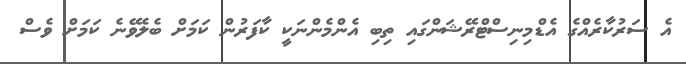
އެ ސަރުކާރެއްގެ އެޑްމިނިސްޓްރޭޝަންގައި ތިބި އެންމެންނަކީ ކާފަރުން ކަމަށް ބެލެވޭނެ ކަމަށް ވެސް